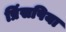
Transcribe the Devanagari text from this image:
प्रिंसपिया